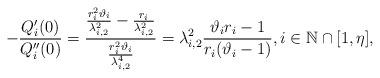
LaTeX: \begin{align*}-\frac{Q_{i}'(0)}{Q_{i}''(0)} &= \frac{\frac{r_{i}^{2}\vartheta_{i}}{\lambda_{i,2}^{2}}-\frac{r_{i}}{\lambda_{i,2}^{2}}}{\frac{r_{i}^{2}\vartheta_{i}}{\lambda_{i,2}^{4}}} = \lambda_{i,2}^{2} \frac{\vartheta_{i}r_{i}-1}{r_{i}(\vartheta_i-1)}, i\in\mathbb{N}\cap[1,\eta],\end{align*}